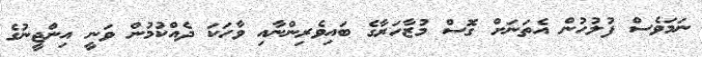
ނަމަވެސް ފުލުހުން އެތަނަށް ގޮސް މުޒާހަރާގެ ބައިވެރިންނާއި ވާހަކަ ދެއްކުމުން ވަނީ އިންޖީނުގެ